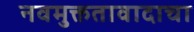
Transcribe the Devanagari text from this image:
नवमुक्ततावादाचा